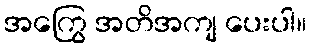
အကြွေ အတိအကျ ပေးပါ။